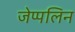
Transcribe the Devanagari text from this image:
जेप्पलिन